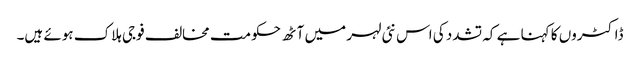
ڈاکٹروں کا کہنا ہے کہ تشدد کی اس نئی لہر میں آٹھ حکومت مخالف فوجی ہلاک ہوئے ہیں۔